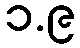
၁.၉